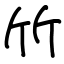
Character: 斦